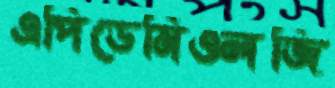
এপিডেমিওলজি